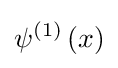
\psi ^{\left(1\right)}\left(x\right)